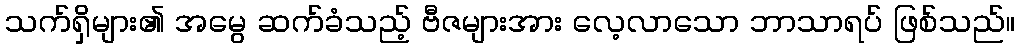
သက်ရှိများ၏ အမွေ ဆက်ခံသည့် ဗီဇများအား လေ့လာသော ဘာသာရပ် ဖြစ်သည်။